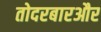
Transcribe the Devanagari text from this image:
तोदरबारऔर